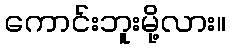
ကောင်းဘူးမို့လား။